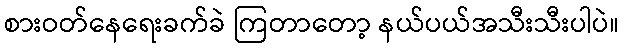
စားဝတ်နေရေးခက်ခဲ ကြတာတော့ နယ်ပယ်အသီးသီးပါပဲ။